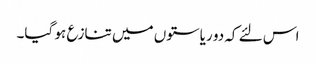
اس لئے کہ دو ریاستوں میں تنازع ہو گیا۔